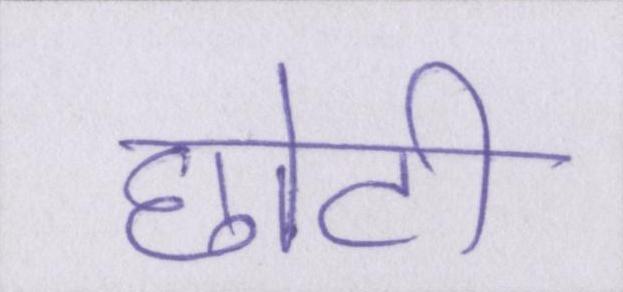
छोटी